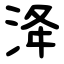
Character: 洚